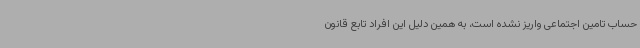
حساب تامین اجتماعی واریز نشده است، به همین دلیل این افراد تابع قانون